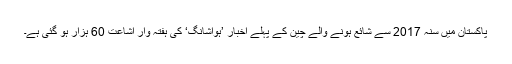
پاکستان میں سنہ 2017 سے شائع ہونے والے چین کے پہلے اخبار ’ہواشانگ‘ کی ہفتہ وار اشاعت 60 ہزار ہو گئی ہے۔